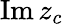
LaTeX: \operatorname{Im}z_{c}